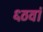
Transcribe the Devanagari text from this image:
६ठवां